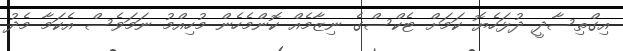
އިގްތިސާދީ ދުޅަހެޔޮ ކަމަށް ޓެކްސްގެ ނިޒާމެއް ކޮންމެހެން މުހިއްމު ނަމަވެސް އެކަމާ މެދު